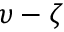
\upsilon - \zeta